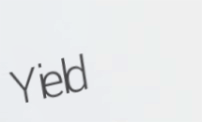
Yield